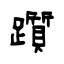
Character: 躓